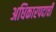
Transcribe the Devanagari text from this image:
अधिकारपदाची